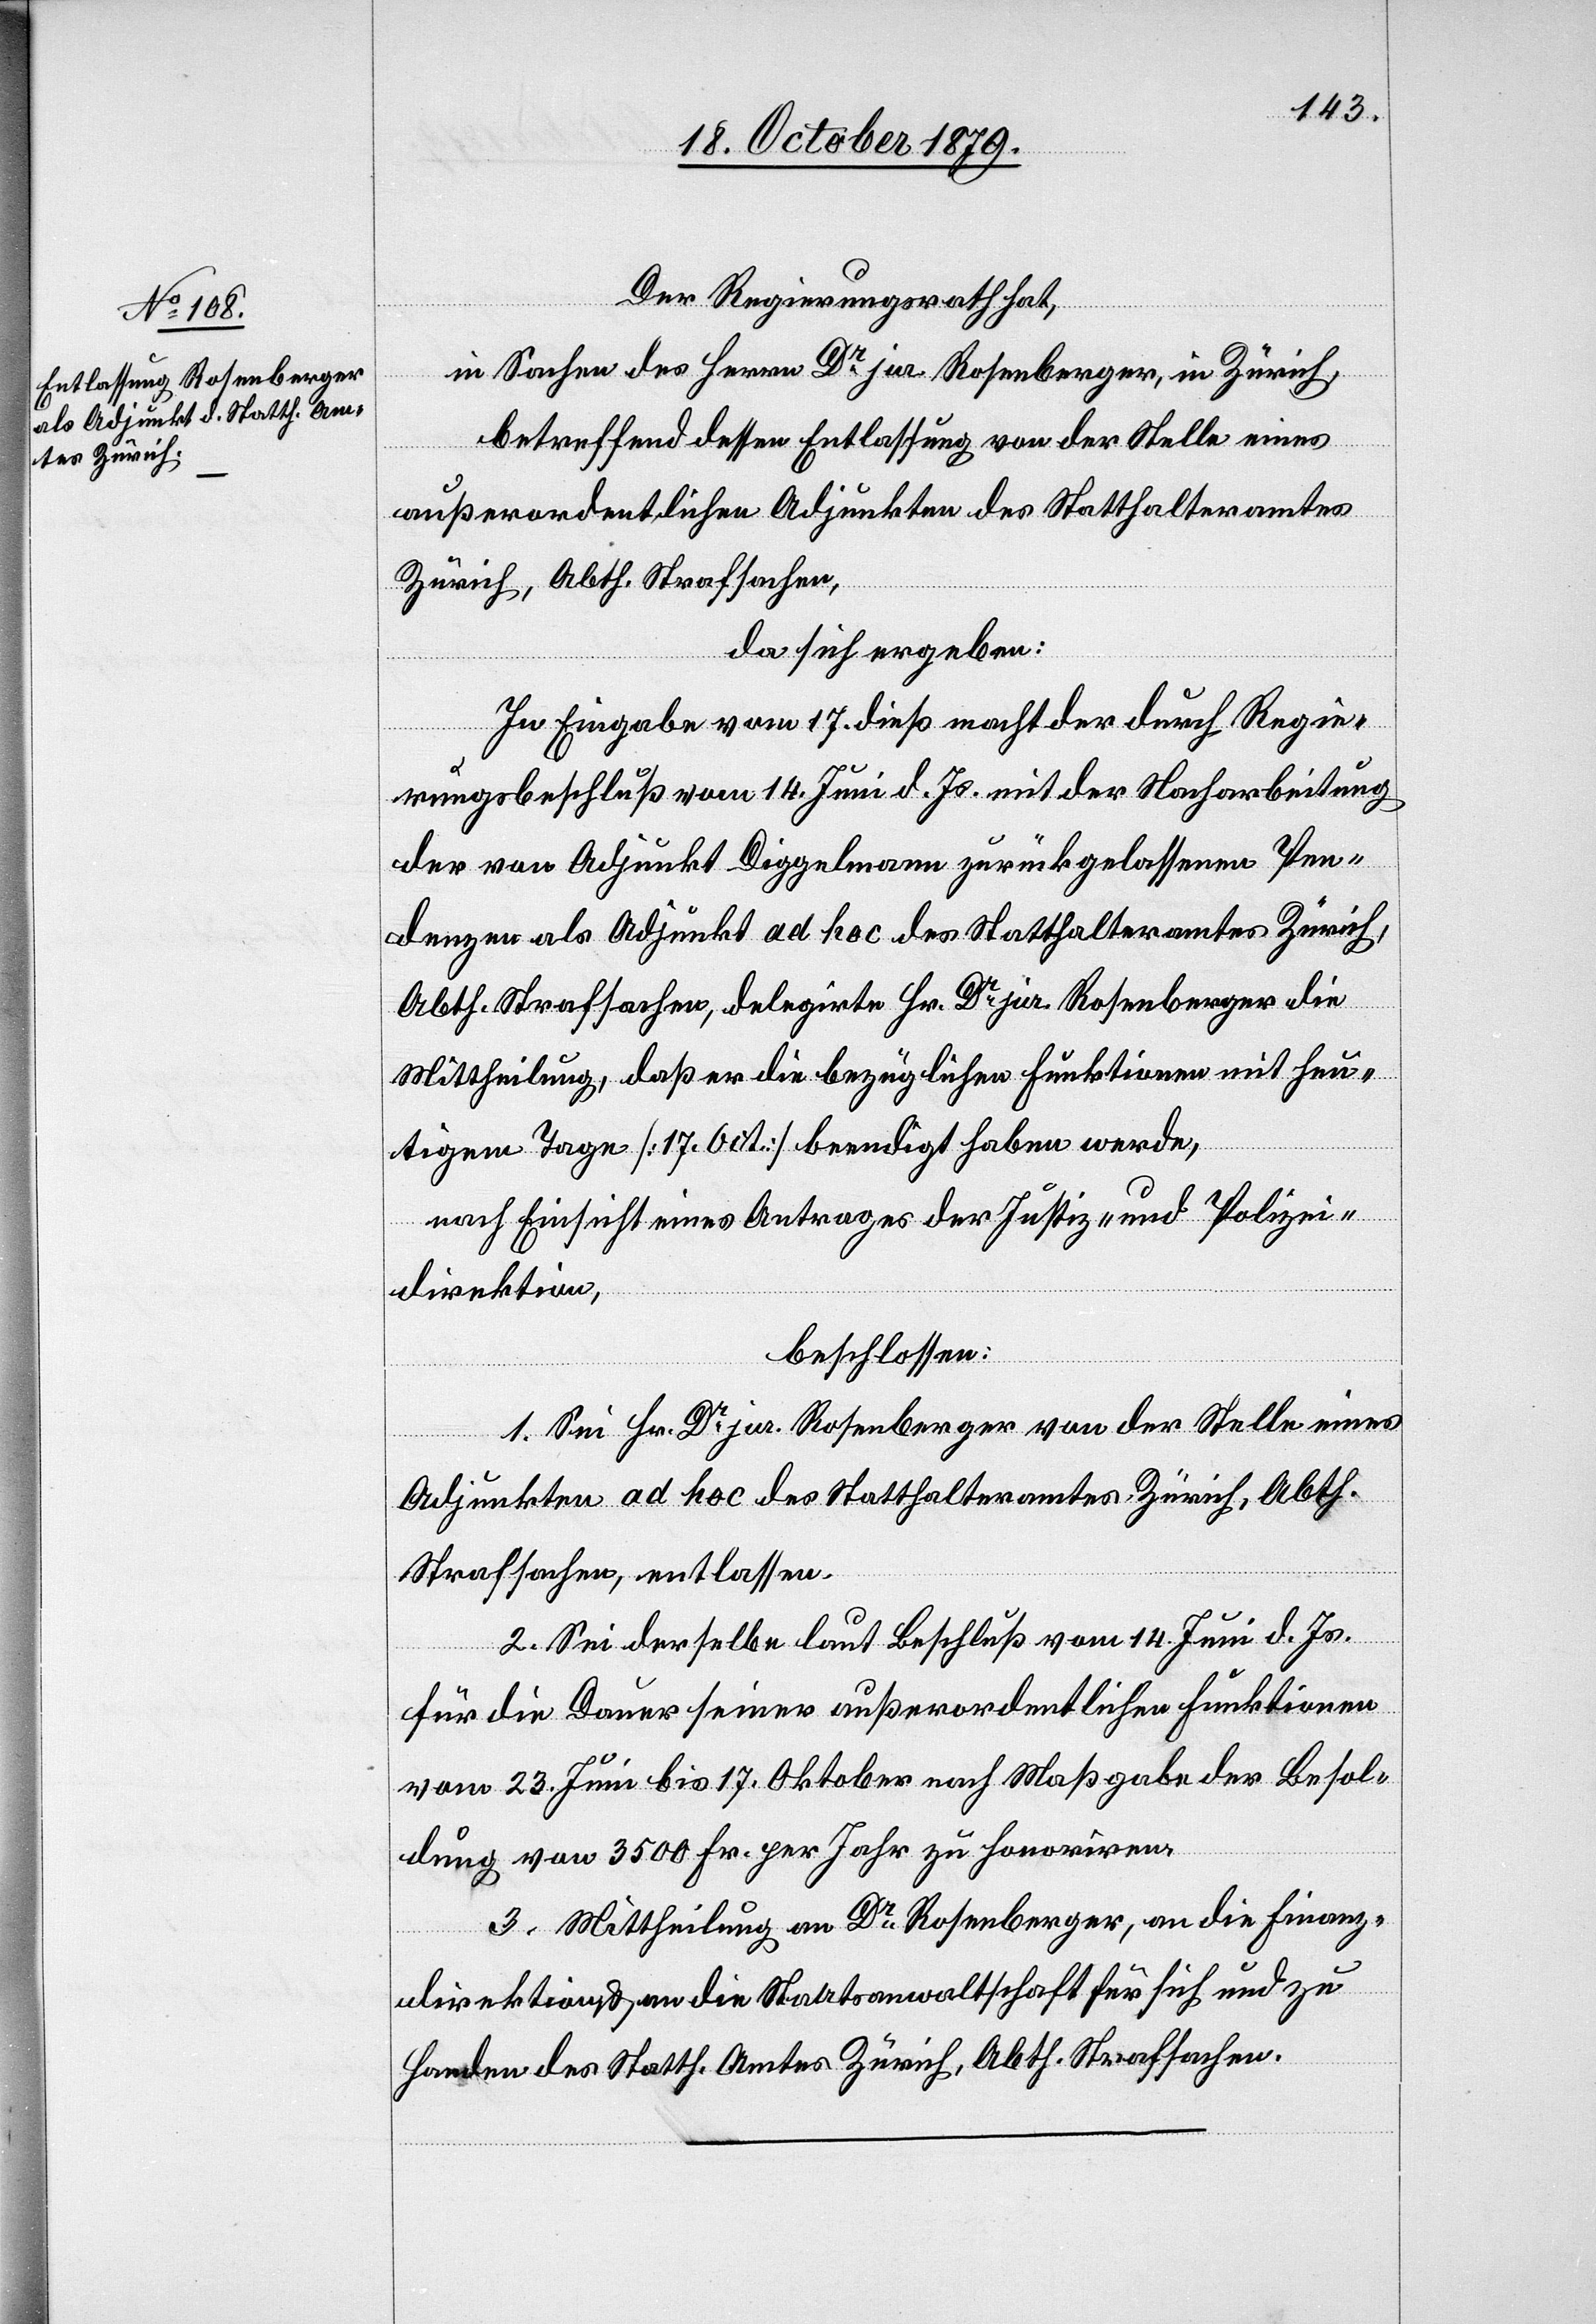
Der Regierungsrath hat,
in Sachen des Herren Dr jur. Rosenberger, in Zürich,
betreffend dessen Entlassung von der Stelle eines
außerordentlichen Adjunkten des Statthalteramtes
Zürich, Abth. Strafsachen,
da sich ergeben:
In Eingabe vom 17. dieß macht der durch Regie¬
rungsbeschluß vom 14. Juni d. Js. mit der Nacharbeitung
der von Adjunkt Diggelmann zurückgelassenen Pen¬
denzen als Adjunkt ad hoc des Stathalteramtes Zürich,
Abth. Strafsachen, delegirte Hr. Dr jur. Rosenberger die
Mittheilung, daß er die bezüglichen Funktionen mit heu¬
tigem Tage [17. Oktober] beendigt haben werde,
nach Einsicht eines Antrages der Justiz- & Polizei¬
direktion,
beschlossen:
1.Sei Hr. Dr jur. Rosenberger von der Stelle eines
Adjunkten ad hoc des Statthalteramtes Zürich, Abth.
Strafsachen, entlassen.
2. Sei derselbe laut Beschluß vom 14. Juni d. Js.
für die Dauer seiner außerordentlichen Funktionen
vom 23. Juni bis 17. Oktober nach Maßgabe der Besol¬
dung von 3500 Fr. per Jahr zu honoriren.
3. Mittheilung an Dr Rosenberger, an die Finanz¬
direktion & an die Staatsanwaltschaft für sich und zu
Handen des Statth. Amtes Zürich, Abth. Strafsachen.